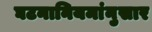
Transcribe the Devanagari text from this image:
घटनानियमांनुसार